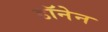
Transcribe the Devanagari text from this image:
डॉनेन